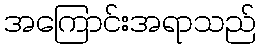
အကြောင်းအရာသည်